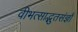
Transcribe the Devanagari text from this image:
वीभत्साद्भुतसंज्ञौ